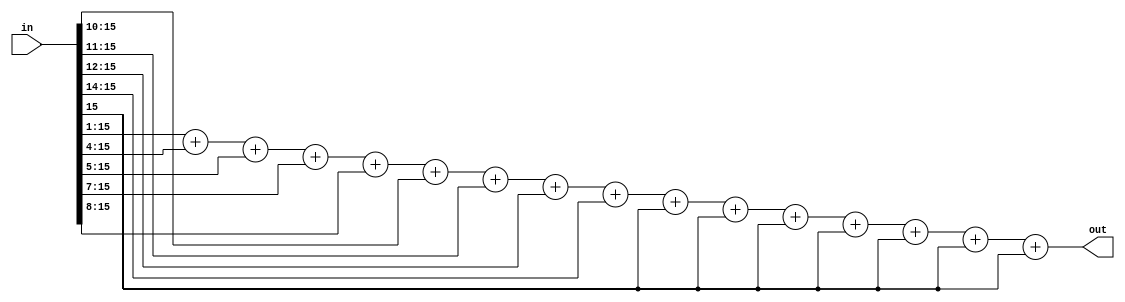
module vec_cordic_mulconst
#(
  parameter WIDTH = 16         // Data width
)
(
  input signed [WIDTH-1 : 0]       in,
  output       [WIDTH-1 : 0]       out
);
  // 0.1001101101110100111011011 = 0.607252925634384
  assign out = (in>>>1)+(in>>>4)+(in>>>5)+(in>>>7)+(in>>>8)+(in>>>10)+(in>>>11)+(in>>>12)
         +(in>>>14)+(in>>>17)+(in>>>18)+(in>>>19)+(in>>>21)+(in>>>22)+(in>>>24)+(in>>>25);

endmodule